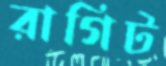
রাগিট